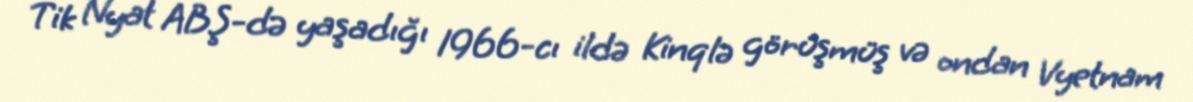
Tik Nyat ABŞ-də yaşadığı 1966-cı ildə Kinqlə görüşmüş və ondan Vyetnam